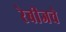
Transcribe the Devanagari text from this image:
रेबीजचे